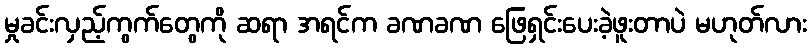
မှုခင်းလှည့်ကွက်တွေကို ဆရာ အရင်က ခဏခဏ ဖြေရှင်းပေးခဲ့ဖူးတာပဲ မဟုတ်လား